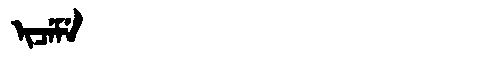
Manchu: ᡳᠴᡝᠮᡝ
Romanization: ICEME